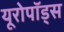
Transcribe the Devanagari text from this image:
यूरोपॉड्स